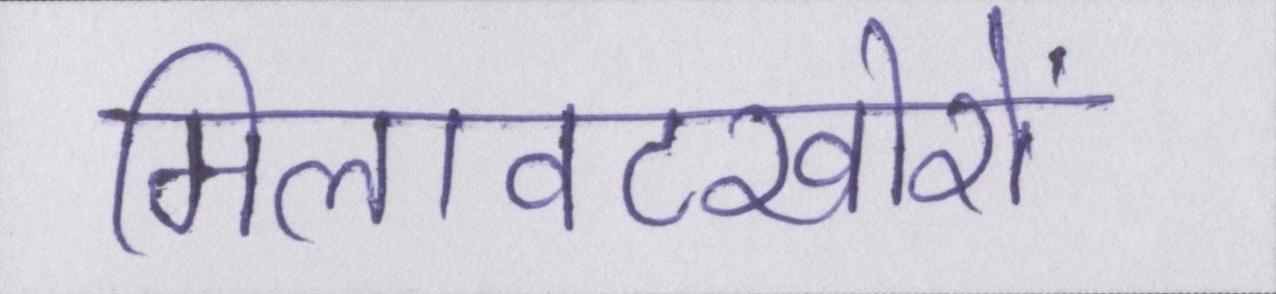
मिलावटखोरों